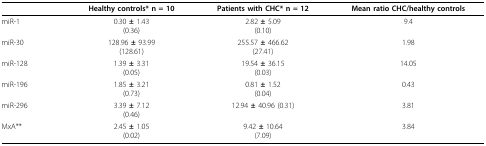
|  | Healthy controls* n = 10 | Patients with CHC* n = 12 | Mean ratio CHC/healthy controls |
 | --- | --- | --- | --- |
 | miR-1 | 0.30 ± 1.43(0.36) | 2.82 ± 5.09(0.10) | 9.4 |
 | miR-30 | 128.96 ± 93.99(128.61) | 255.57 ± 466.62(27.41) | 1.98 |
 | miR-128 | 1.39 ± 3.31(0.05) | 19.54 ± 36.15(0.03) | 14.05 |
 | miR-196 | 1.85 ± 3.21(0.73) | 0.81 ± 1.52(0.04) | 0.43 |
 | miR-296 | 3.39 ± 7.12(0.46) | 12.94 ± 40.96 (0.31) | 3.81 |
 | MxA** | 2.45 ± 1.05(0.02) | 9.42 ± 10.64(7.09) | 3.84 |